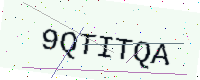
Text: 9QTITQA